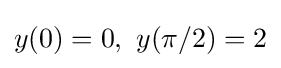
y(0)=0,\ y(\pi /2)=2